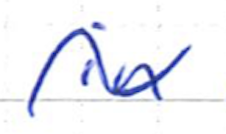
Text: in
Cross-out: wave
Writing tool: ballpoint